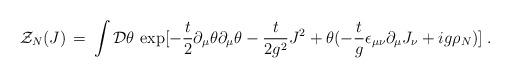
LaTeX: \begin{align*}{\cal Z}_N (J) \,=\, \int {\cal D} \theta \, \exp [ - \frac{t}{2}\partial_{\mu} \theta \partial_{\mu} \theta - \frac{t}{2 g^2}J^2 + \theta ( - \frac{t}{g} \epsilon_{\mu \nu} \partial_{\mu}J_{\nu} + i g \rho_N ) ] \;.\end{align*}